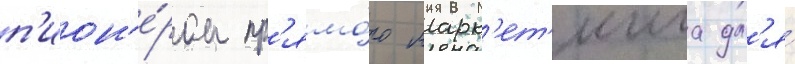
п'ион'е́ром пр'ямо́го марк'ет'инга дл'я́